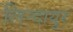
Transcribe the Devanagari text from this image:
लिन्दायुर